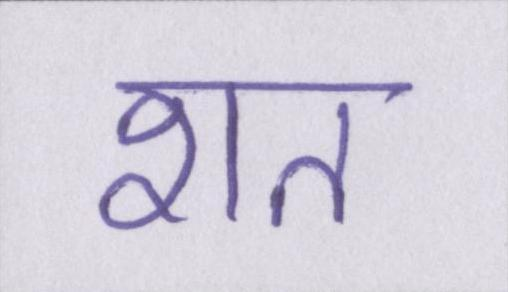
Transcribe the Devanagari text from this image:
शत